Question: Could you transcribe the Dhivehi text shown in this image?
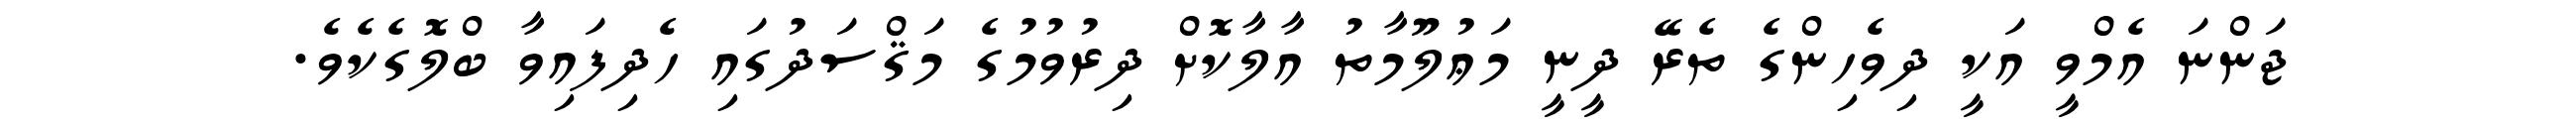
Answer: ޖަންނަ އެމްވީ އަކީ ދިވެހިންގެ ތެރޭ ދީނީ މަޢުލޫމާތު އާލާކޮށް ދިރުވުމުގެ މަޤްސަދުގައި ހެދިފައިވާ ބްލޮގެކެވެ.